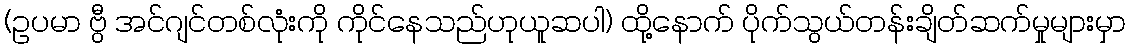
(ဥပမာ ဗွီ အင်ဂျင်တစ်လုံးကို ကိုင်နေသည်ဟုယူဆပါ) ထို့နောက် ပိုက်သွယ်တန်းချိတ်ဆက်မှုများမှာ